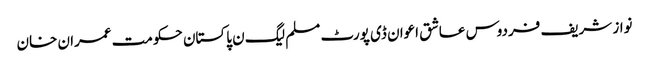
نواز شریف فردوس عاشق اعوان ڈی پورٹ مسلم لیگ ن پاکستان حکومت عمران خان